Civil Veterinary Dept. Bombay admin report 1923-31 - 1923-1931
Year: 1923
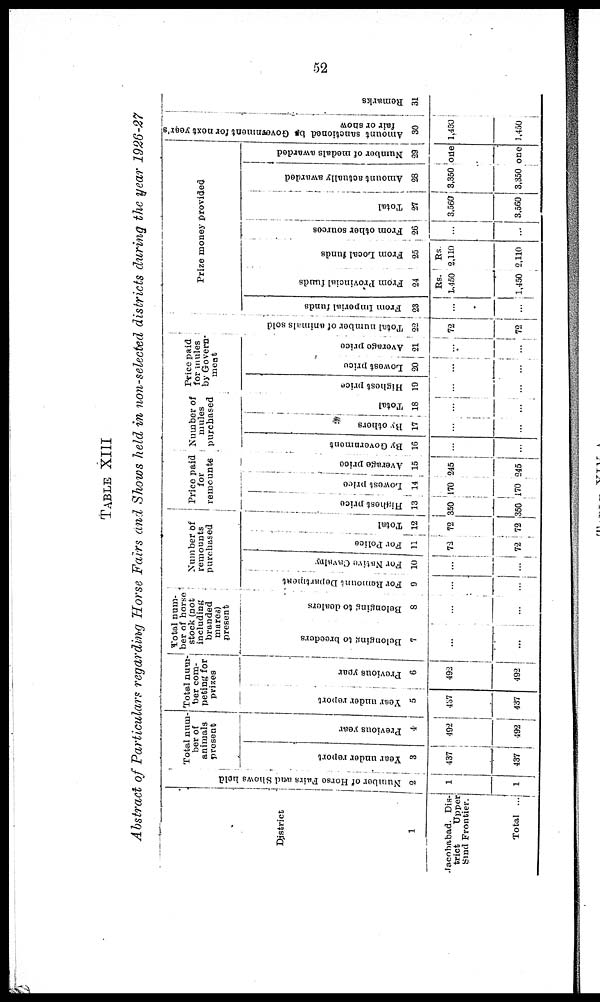
52
TABLE XIII
Abstract of Particulars regarding Horse Fairs and Shows held in non-selected districts during the year 1926-27
District
1
Jacobabad. Dis-
trict
Upper
Sind Frontier.
Total ...
Number of Horse Fairs and Shows held
2
1
1
Total num-
ber of
animals
present
Year under report
3
437
437
Previous year
4
492
492
Total num-
ber com-
peting for
prizes
Year under report
5
437
437
Previous year
6
492
492
Total num-
ber of horse
stock (not
including
branded
mares)
present
Belonging to breeders
7
...
...
Belonging to dealers
8
...
...
Number of
remounts
purchased
For Remount Department
9
...
...
For Native Cavalny
10
...
...
For Police
11
72
72
Total
12
72
72
Price paid
for
remounts
Highest price
13
350
350
Lowest price
14
170
170
Average price
15
245
245
Number of
mules
purchased
By Government
16
...
...
By others
17
...
...
Total
18
...
...
Price paid
for mules
by Govern-
ment
Highest price
19
...
...
Lowest price
20
...
...
Average price
21
...
...
Tot al number of animals sold
22
72
72
Prize money provided
From Imperial funds
23
...
...
From Provincial funds
24
Rs.
1,450
1,450
From Local funds
25
Rs.
2,110
2,110
From other sources
26
...
...
Total
27
3,560
3,560
Amount actually awarded
28
3,350
3,350
Number of medals awarded
29
one
one
Amount sanctioned be Government for next year's
fair or show
30
1,450
1,450
Re ma r
k s
31